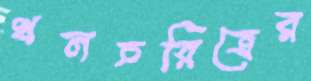
খলচরিত্রের